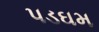
પડઘમ